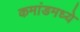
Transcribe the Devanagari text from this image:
कमांडमध्ये